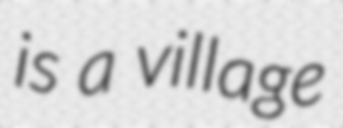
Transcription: is a village